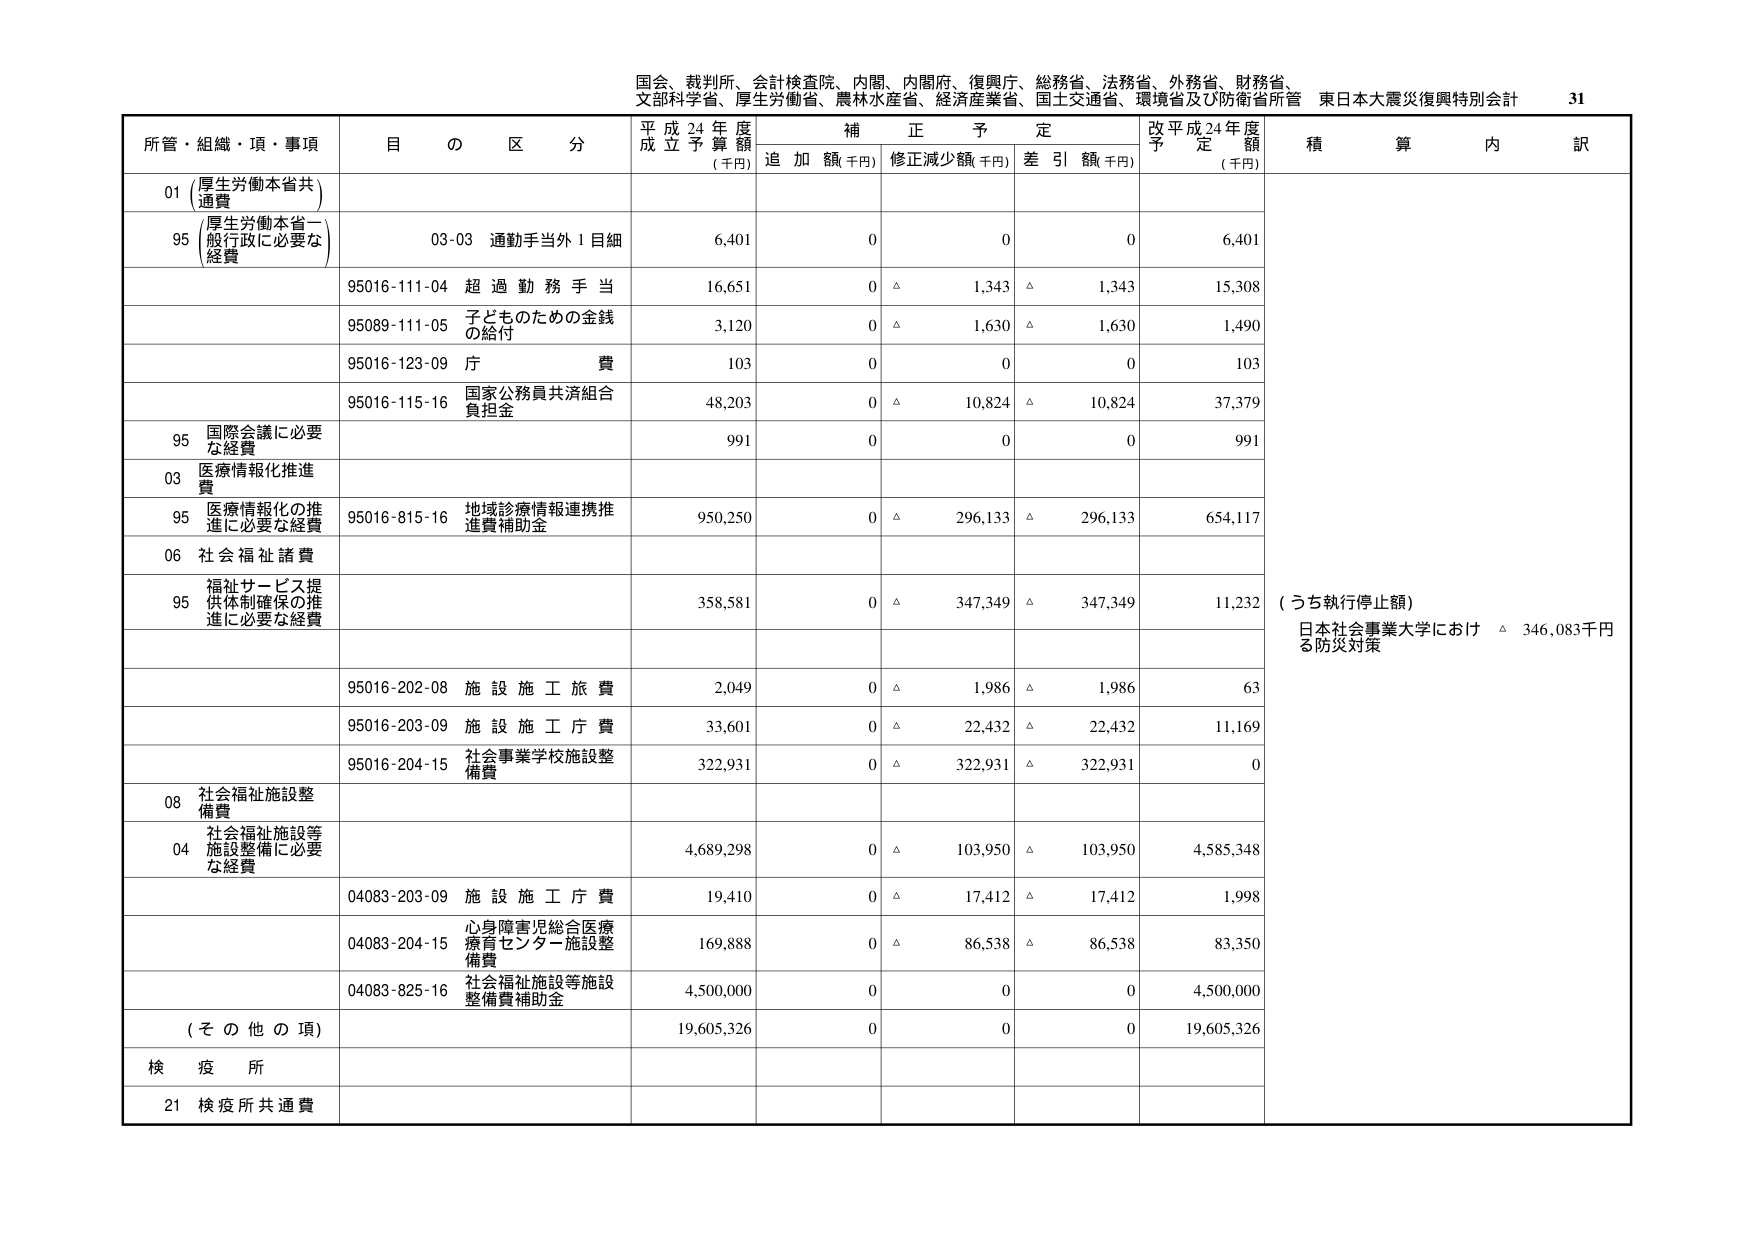
国会、裁判所、会計検査院、内閣、内閣府、復興庁、総務省、法務省、外務省、財務省、
文部科学省、厚生労働省、農林水産省、経済産業省、国土交通省、環境省及び防衛省所管 東日本大震災復興特別会計 31

所管・組織・項・事項 目 の 区 分 平成24年度 成立予算額 (千円) 補正予定 追加額(千円) 修正減少額(千円) 差引額(千円) 改平成24年度 予定額 (千円) 積算内訳

01 (厚生労働本省共通費)
95 (厚生労働本省一般行政に必要な経費) 03-03 通勤手当外1目細 6,401 0 0 0 6,401
95016-111-04 超過勤務手当 16,651 0 △ 1,343 △ 1,343 15,308
95089-111-05 子どものための金銭の給付 3,120 0 △ 1,630 △ 1,630 1,490
95016-123-09 庁費 103 0 0 0 103
95016-115-16 国家公務員共済組合負担金 48,203 0 △ 10,824 △ 10,824 37,379
95 国際会議に必要な経費 991 0 0 0 991
03 医療情報化推進費
95 医療情報化の推進に必要な経費 95016-815-16 地域診療情報連携推進費補助金 950,250 0 △ 296,133 △ 296,133 654,117
06 社会福祉諸費
95 福祉サービス提供体制確保の推進に必要な経費 358,581 0 △ 347,349 △ 347,349 11,232 (うち執行停止額) 日本社会事業大学における防災対策 △ 346,083千円
95016-202-08 施設施工旅費 2,049 0 △ 1,986 △ 1,986 63
95016-203-09 施設施工庁費 33,601 0 △ 22,432 △ 22,432 11,169
95016-204-15 社会事業学校施設整備費 322,931 0 △ 322,931 △ 322,931 0
08 社会福祉施設整備費
04 社会福祉施設等施設整備に必要な経費 4,689,298 0 △ 103,950 △ 103,950 4,585,348
04083-203-09 施設施工庁費 19,410 0 △ 17,412 △ 17,412 1,998
04083-204-15 心身障害児総合医療療育センター施設整備費 169,888 0 △ 86,538 △ 86,538 83,350
04083-825-16 社会福祉施設等施設整備費補助金 4,500,000 0 0 0 4,500,000
(その他の項) 19,605,326 0 0 0 19,605,326
検疫所
21 検疫所共通費